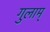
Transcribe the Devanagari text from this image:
गुलाम्